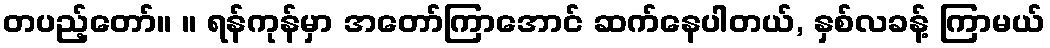
တပည့်တော်။ ။ ရန်ကုန်မှာ အတော်ကြာအောင် ဆက်နေပါတယ်, နှစ်လခန့် ကြာမယ်